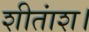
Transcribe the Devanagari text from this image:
शीतांश।